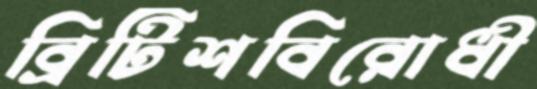
ব্রিটিশবিরোধী